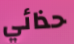
حذائي